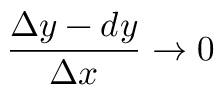
{ \frac { \Delta y - d y } { \Delta x } } \to 0